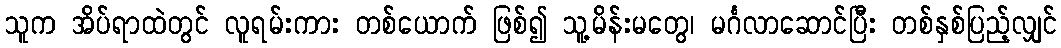
သူက အိပ်ရာထဲတွင် လူရမ်းကား တစ်ယောက် ဖြစ်၍ သူ့မိန်းမတွေ၊ မင်္ဂလာဆောင်ပြီး တစ်နှစ်ပြည့်လျှင်